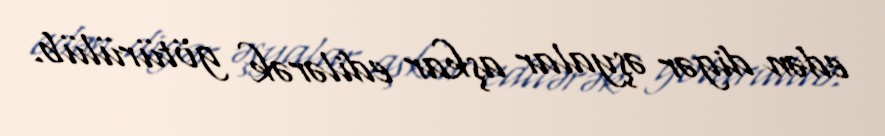
edən digər əşyalar aşkar edilərək götürülüb.